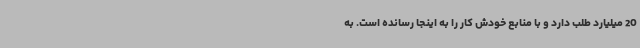
20 میلیارد طلب دارد و با منابع خودش کار را به اینجا رسانده است. به